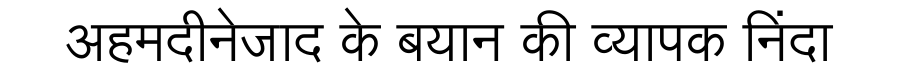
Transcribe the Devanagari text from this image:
अहमदीनेजाद के बयान की व्यापक निंदा